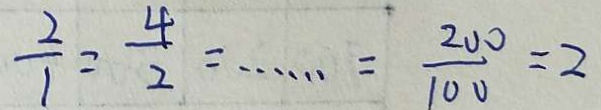
\frac { 2 } { 1 } = \frac { 4 } { 2 } = \cdots = \frac { 2 0 0 } { 1 0 0 } = 2